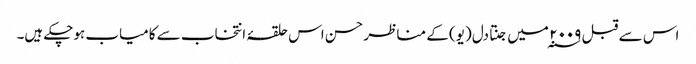
اس سے قبل ۲۰۰۹ ؁ میں جنتا دل (یو) کے مناظر حسن اس حلقۂ انتخاب سے کامیاب ہوچکے ہیں۔